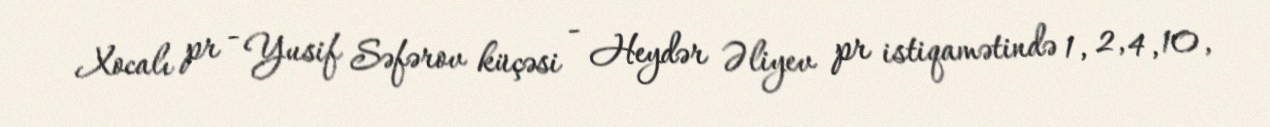
Xocalı pr - Yusif Səfərov küçəsi - Heydər Əliyev pr istiqamətində 1, 2, 4, 10,